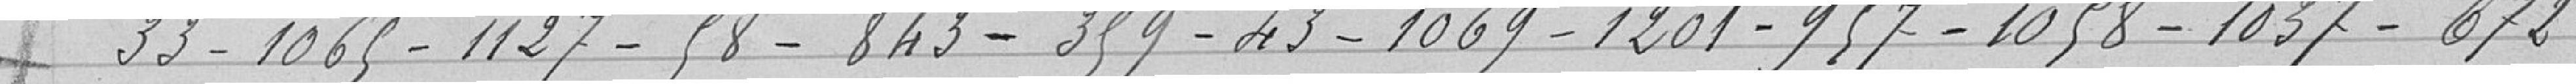
33-1 065-1 127-58-843-359-43-1 069-1 201-957-1 058-1 037-672-